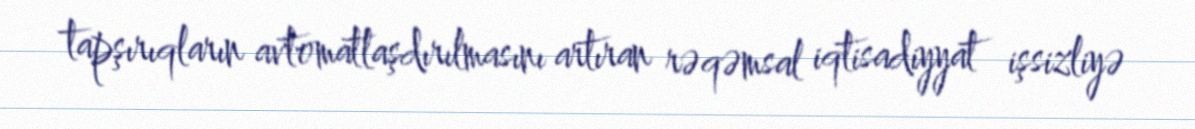
tapşırıqların avtomatlaşdırılmasını artıran rəqəmsal iqtisadiyyat işsizliyə